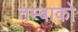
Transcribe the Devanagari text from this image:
तम्बाको